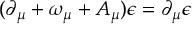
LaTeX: ( \partial _ { \mu } + \omega _ { \mu } + A _ { \mu } ) \epsilon = \partial _ { \mu } \epsilon